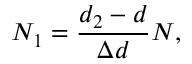
N _ { 1 } = \frac { d _ { 2 } - d } { \Delta d } N ,